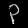
Digit: ၃